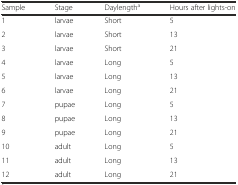
<table><thead><tr><td><b>Sample</b></td><td><b>Stage</b></td><td><b>Daylength<sup>a</sup></b></td><td><b>Hours after lights-on</b></td></tr></thead><tbody><tr><td>1</td><td>larvae</td><td>Short</td><td>5</td></tr><tr><td>2</td><td>larvae</td><td>Short</td><td>13</td></tr><tr><td>3</td><td>larvae</td><td>Short</td><td>21</td></tr><tr><td>4</td><td>larvae</td><td>Long</td><td>5</td></tr><tr><td>5</td><td>larvae</td><td>Long</td><td>13</td></tr><tr><td>6</td><td>larvae</td><td>Long</td><td>21</td></tr><tr><td>7</td><td>pupae</td><td>Long</td><td>5</td></tr><tr><td>8</td><td>pupae</td><td>Long</td><td>13</td></tr><tr><td>9</td><td>pupae</td><td>Long</td><td>21</td></tr><tr><td>10</td><td>adult</td><td>Long</td><td>5</td></tr><tr><td>11</td><td>adult</td><td>Long</td><td>13</td></tr><tr><td>12</td><td>adult</td><td>Long</td><td>21</td></tr></tbody></table>